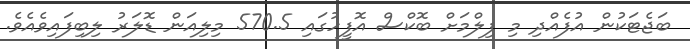
ބަޖެޓަކުން އުފެއްދި މި ފިލްމަށް ބޮކްސް އޮފީހުގައި 570.5 މިލިއަން ޑޮލަރު ލިބިފައިވެއެވެ.